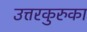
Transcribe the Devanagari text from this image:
उत्तरकुरुका